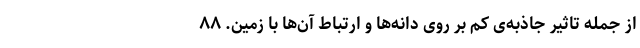
از جمله تاثیر جاذبه‌ی کم بر روی دانه‌ها و ارتباط آن‌ها با زمین. ۸۸